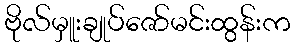
ဗိုလ်မှူးချုပ်ဇော်မင်းထွန်းက